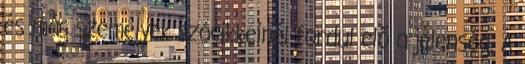
és más személyek szócikkeinél fordul elő a jelenség. A